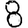
Digit: 8